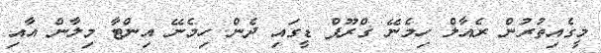
މީގެއިތުރުން ރެއާލް ހިމެނޭ ގްރޫޕް ޑީގައި ދެން ހިމެނޭ އިންޓާ މިލާން އާއި